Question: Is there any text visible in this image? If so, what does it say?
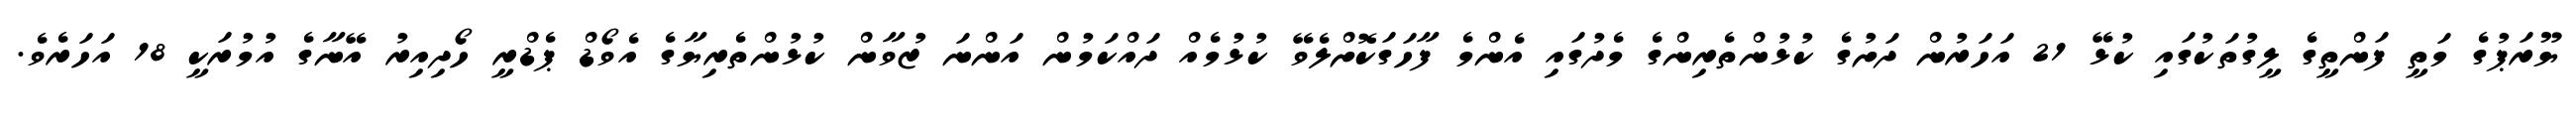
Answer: ޔޫރަޕުގެ މަތީ ފަންތީގެ ލީގުތަކުގައި ކުޅޭ 21 އަހަރުން ދަށުގެ ކުޅުންތެރިންގެ މެދުގައި އެންމެ ފާހަގަކޮށްލެވޭ ކުޅުމެއް ދައްކަމުން އަންނަ ޒުވާން ކުޅުންތެރިޔާގެ އެވޯޑް ޕެޑްރީ ހޯދިއިރު އޭނާގެ އުމުރަކީ 18 އަހަރެވެ.